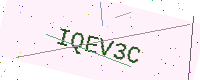
Text: IQEV3C